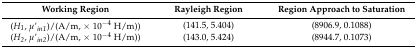
<table><thead><tr><td><b>Working Region</b></td><td><b>Rayleigh Region</b></td><td><b>Region Approach to Saturation</b></td></tr></thead><tbody><tr><td>(<i>H<sub>1</sub></i>, <i>μ</i>’<i><sub>in1</sub></i>)/(A/m, × 10<sup>−4</sup> H/m))</td><td>(141.5, 5.404)</td><td>(8906.9, 0.1088)</td></tr><tr><td>(<i>H<sub>2</sub></i>, <i>μ</i>’<i><sub>in2</sub></i>)/(A/m, × 10<sup>−4</sup> H/m))</td><td>(143.0, 5.424)</td><td>(8944.7, 0.1073)</td></tr></tbody></table>